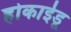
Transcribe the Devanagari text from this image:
होकाईडू